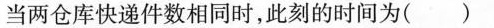
当两仓库快递件数相同时，此刻的时间为( )